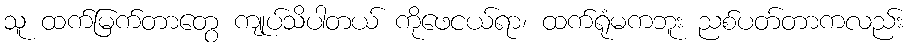
သူ ထက်မြက်တာတွေ ကျုပ်သိပါတယ် ကိုဖေငယ်ရာ၊ ထက်ရုံမကဘူး ညစ်ပတ်တာကလည်း